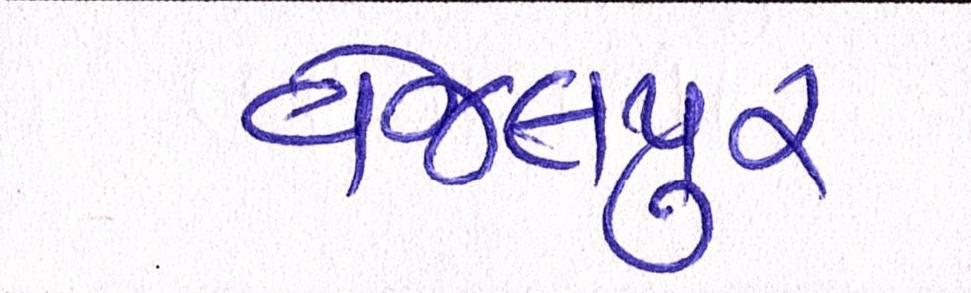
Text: વેજલપુર